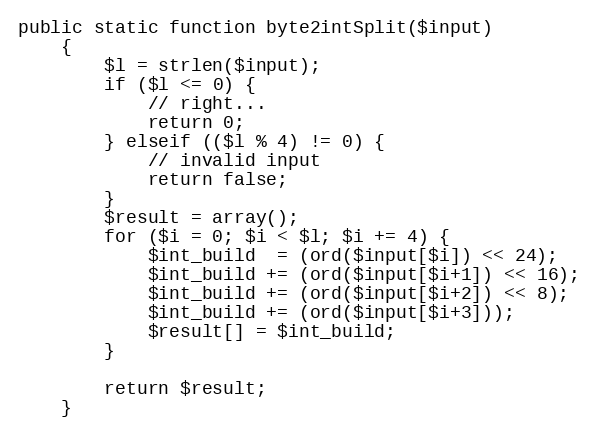
Language: PHP
public static function byte2intSplit($input)
    {
        $l = strlen($input);
        if ($l <= 0) {
            // right...
            return 0;
        } elseif (($l % 4) != 0) {
            // invalid input
            return false;
        }
        $result = array();
        for ($i = 0; $i < $l; $i += 4) {
            $int_build  = (ord($input[$i]) << 24);
            $int_build += (ord($input[$i+1]) << 16);
            $int_build += (ord($input[$i+2]) << 8);
            $int_build += (ord($input[$i+3]));
            $result[] = $int_build;
        }

        return $result;
    }